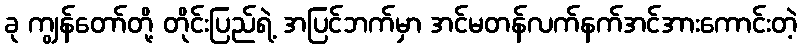
ခု ကျွန်တော်တို့ တိုင်းပြည်ရဲ့ အပြင်ဘက်မှာ အင်မတန်လက်နက်အင်အားကောင်းတဲ့